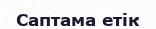
Саптама етік